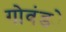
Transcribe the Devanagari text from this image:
गोवंड्ये